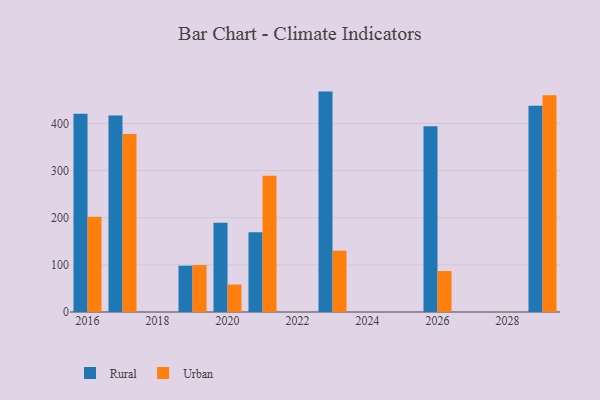
{"axis": {"x": "Year", "y": "Revenue (USD Million)"}, "legend": ["Rural", "Urban"], "data": [{"x": "2016", "y": 420.8, "type": "Rural"}, {"x": "2016", "y": 202.0, "type": "Urban"}, {"x": "2029", "y": 437.4, "type": "Rural"}, {"x": "2029", "y": 459.9, "type": "Urban"}, {"x": "2019", "y": 98.2, "type": "Rural"}, {"x": "2019", "y": 99.6, "type": "Urban"}, {"x": "2021", "y": 169.1, "type": "Rural"}, {"x": "2021", "y": 289.3, "type": "Urban"}, {"x": "2017", "y": 416.8, "type": "Rural"}, {"x": "2017", "y": 377.6, "type": "Urban"}, {"x": "2023", "y": 467.6, "type": "Rural"}, {"x": "2023", "y": 130.1, "type": "Urban"}, {"x": "2026", "y": 393.9, "type": "Rural"}, {"x": "2026", "y": 86.9, "type": "Urban"}, {"x": "2020", "y": 189.3, "type": "Rural"}, {"x": "2020", "y": 58.3, "type": "Urban"}]}